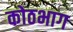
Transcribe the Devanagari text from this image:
कोठभाग